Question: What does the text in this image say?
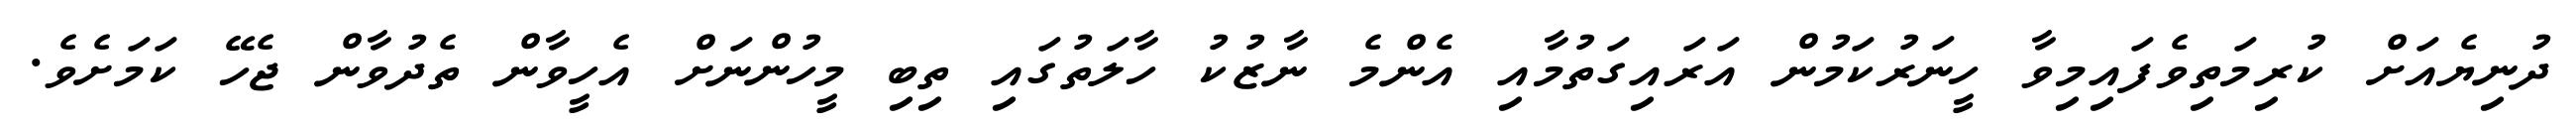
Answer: ދުނިޔެއަށް ކުރިމަތިވެފައިމިވާ ހީނަރުކަމުން އަރައިގަތުމާއި އެންމެ ނާޒުކު ހާލަތުގައި ތިބި މީހުންނަށް އެހީވާން ތެދުވާން ޖެހޭ ކަމަށެވެ.